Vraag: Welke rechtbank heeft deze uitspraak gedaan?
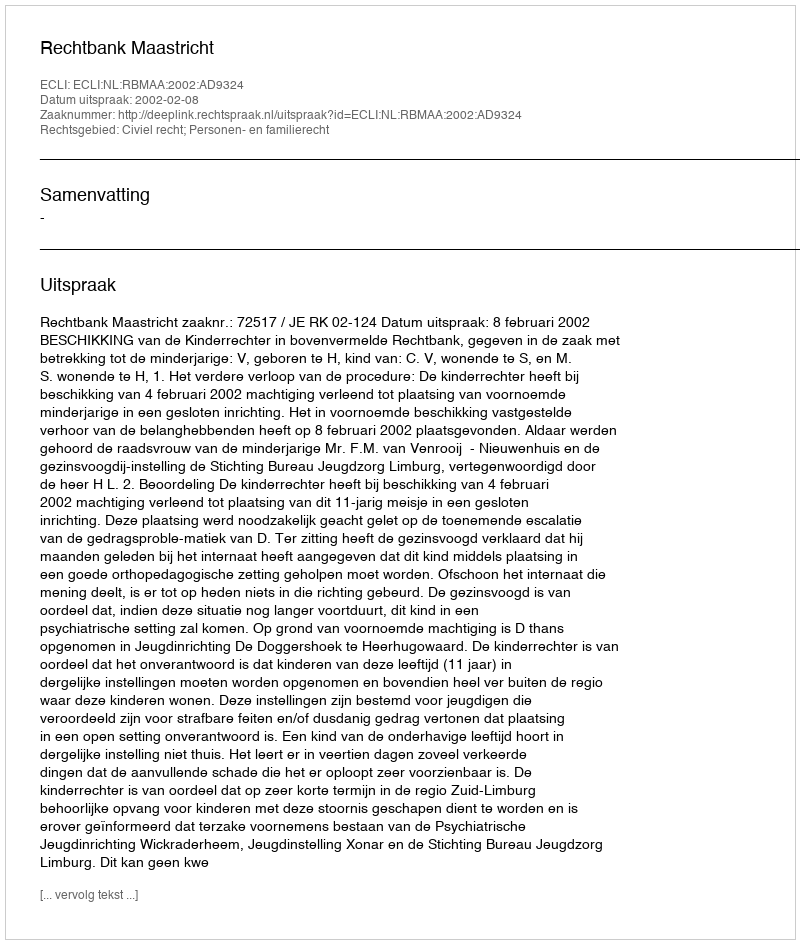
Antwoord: Rechtbank Maastricht